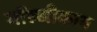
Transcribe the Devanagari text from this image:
गॉल्जीकाय